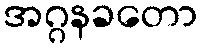
အဂ္ဂနခတော